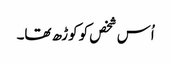
اُس شخص کو کوڑھ تھا۔